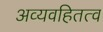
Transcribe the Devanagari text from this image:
अव्यवहितत्व